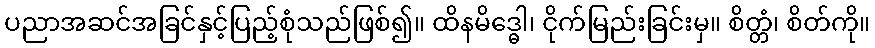
ပညာအဆင်အခြင်နှင့်ပြည့်စုံသည်ဖြစ်၍။ ထိနမိဒ္ဓေါ၊ ငိုက်မြည်းခြင်းမှ။ စိတ္တံ၊ စိတ်ကို။